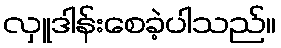
လှူဒါန်းစေခဲ့ပါသည်။